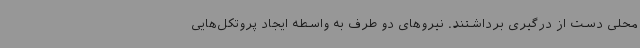
محلی دست از درگیری برداشتند. نیروهای دو طرف به واسطه ایجاد پروتکل‌هایی